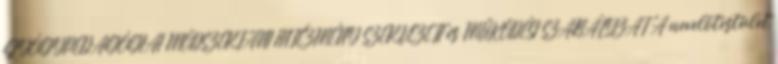
GYÓGYPEDAGÓGIAI MÓDSZERTANI INTÉZMÉNY SZERVEZETI és MŰKÖDÉSI SZABÁLYZAT A nevelőtestület